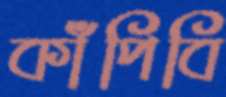
কাঁপিবি